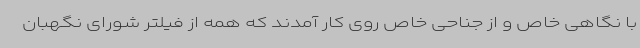
با نگاهی خاص و از جناحی خاص روی کار آمدند که همه از فیلتر شورای نگهبان